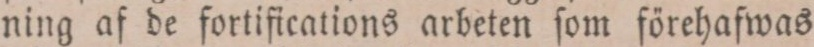
ning af de fortifications arbeten ſom förehafwas